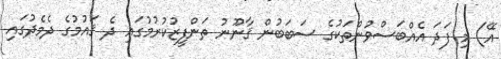
އޭ) މި ފަދަ އެއްބަސްވުންތަކުގެ ސަބަބުން ޤާނޫނު ތަންފީޒުކުރުމުގައި ދެ ޤައުމުގެ ދެމެދުގައި